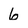
Character: 6